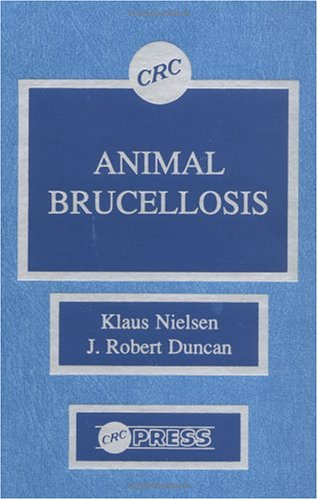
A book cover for Animal Brucellosis; Klaus Nielsen; Medical Books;